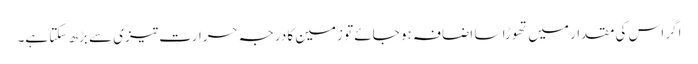
اگر اس کی مقدار میں تھوڑا سا اضافہ ہو جائے تو زمین کا درجہ حرارت تیزی سے بڑھ سکتا ہے۔